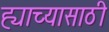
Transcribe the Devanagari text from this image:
ह्याच्यासाठी